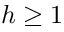
h \ge 1